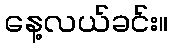
နေ့လယ်ခင်း။